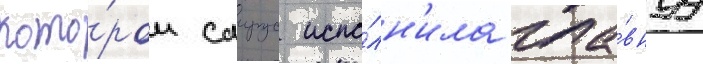
кото́ром саирус испо́лн'ила гла́внуу